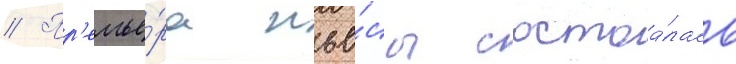
// Пр'емье́ра пье́сы состоа́лась